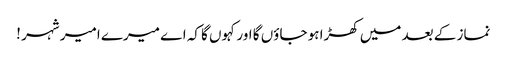
نماز کے بعد میں کھڑا ہو جاؤں گا اور کہوں گا کہ اے میرے امیر شہر !